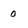
Character: 0